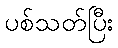
ပစ်သတ်ပြီး